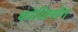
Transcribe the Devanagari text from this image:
कोविलोंग